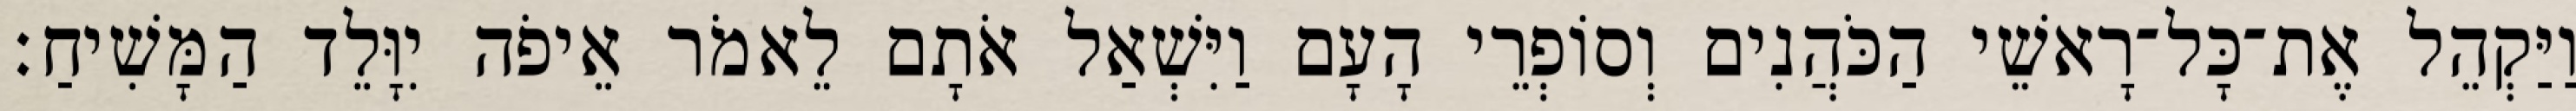
וַיַּקְהֵל אֶת־כָּל־רָאשֵׁי הַכֹּהֲנִים וְסוֹפְרֵי הָעָם וַיִּשְׁאַל אֹתָם לֵאמֹר אֵיפֹה יִוָּלֵד הַמָּשִׁיחַ׃